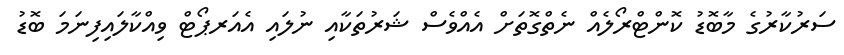
ސަރުކާރުގެ މާބޮޑު ކޮންޓްރޯލެއް ނެތްގޮތަށް އެއްވެސް ޝަރުތަކާއި ނުލައި އެއަރޕޯޓް ވިއްކާލައިފިނަމަ ބޮޑު